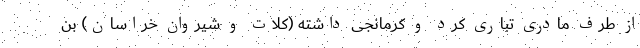
از طرف مادری تباری کُرد و کرمانجی داشته (کلات و شیروان خراسان) بن